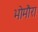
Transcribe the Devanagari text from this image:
भोमौरा